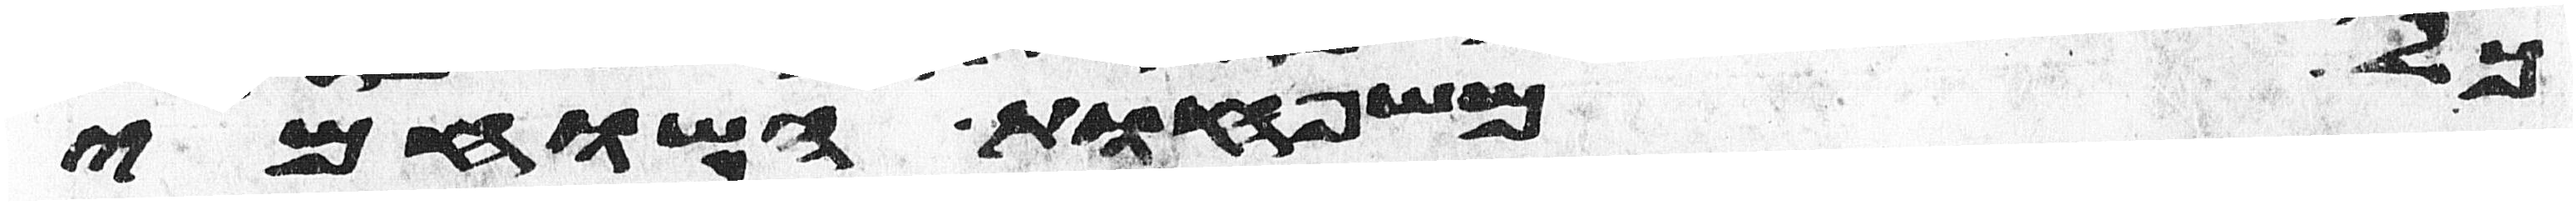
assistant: כל משפחות השוחמי